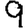
Digit: 9